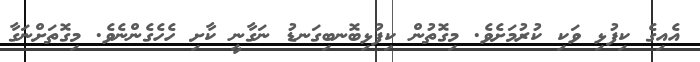
އެއިގެ ކިފުޅި ވަކި ކުރުމަށެވެ. މިގޮތުން ކިފުޅިބޮނބިގަނޑު ނަގާނީ ކާށި ހެހެގެންނެވެ. މިގޮތަށްނަގާ